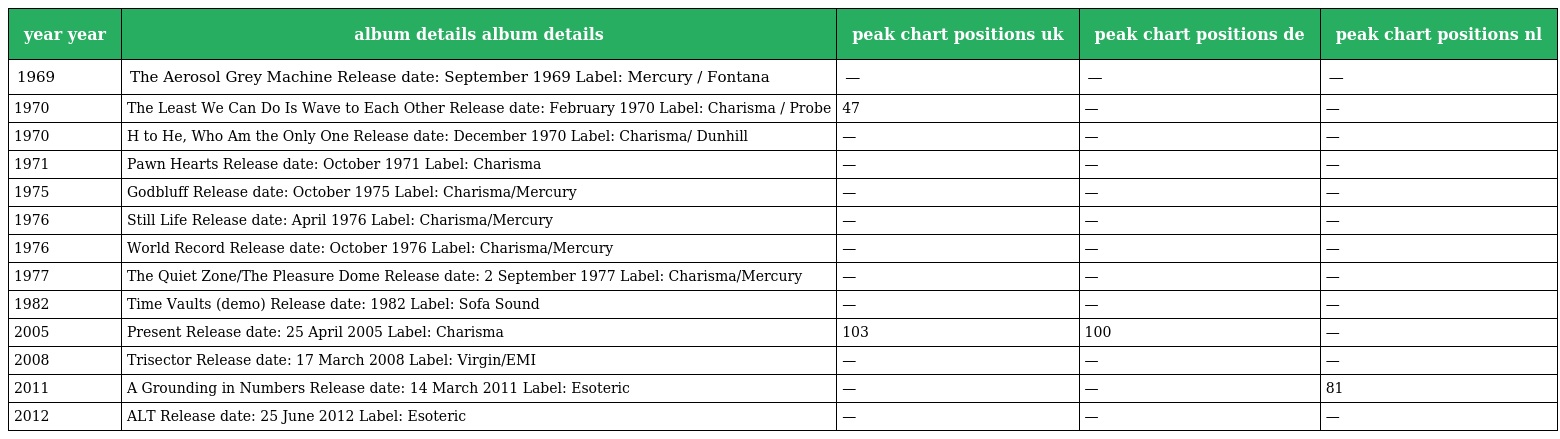
| year year | album details album details | peak chart positions uk | peak chart positions de | peak chart positions nl |
 | --- | --- | --- | --- | --- |
 | 1969 | The Aerosol Grey Machine Release date: September 1969 Label: Mercury / Fontana | — | — | — |
 | 1970 | The Least We Can Do Is Wave to Each Other Release date: February 1970 Label: Charisma / Probe | 47 | — | — |
 | 1970 | H to He, Who Am the Only One Release date: December 1970 Label: Charisma/ Dunhill | — | — | — |
 | 1971 | Pawn Hearts Release date: October 1971 Label: Charisma | — | — | — |
 | 1975 | Godbluff Release date: October 1975 Label: Charisma/Mercury | — | — | — |
 | 1976 | Still Life Release date: April 1976 Label: Charisma/Mercury | — | — | — |
 | 1976 | World Record Release date: October 1976 Label: Charisma/Mercury | — | — | — |
 | 1977 | The Quiet Zone/The Pleasure Dome Release date: 2 September 1977 Label: Charisma/Mercury | — | — | — |
 | 1982 | Time Vaults (demo) Release date: 1982 Label: Sofa Sound | — | — | — |
 | 2005 | Present Release date: 25 April 2005 Label: Charisma | 103 | 100 | — |
 | 2008 | Trisector Release date: 17 March 2008 Label: Virgin/EMI | — | — | — |
 | 2011 | A Grounding in Numbers Release date: 14 March 2011 Label: Esoteric | — | — | 81 |
 | 2012 | ALT Release date: 25 June 2012 Label: Esoteric | — | — | — |